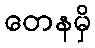
တေနမှိ